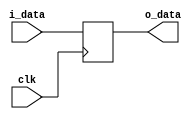
// ??????
// @param i_data ?????
// @param o_data ?????
// @param clk ????
module BDR(i_data, clk, o_data);
  input clk;
  input [31:0] i_data;
  output reg[31:0] o_data;
  always @(posedge clk) begin
    o_data = i_data;
  end
endmodule